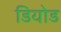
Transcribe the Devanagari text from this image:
डियोड